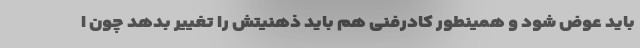
باید عوض شود و همینطور کادرفنی هم باید ذهنیتش را تغییر بدهد چون ا